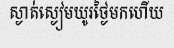
ស្ងាត់ស្ងៀមយូរថ្ងៃមកហើយ